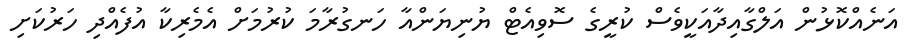
އަނެއްކޮޅުން އަލްގާއިދާއަކީވެސް ކުރީގެ ސޮވިއެޓް ޔުނިޔަންއާ ހަނގުރާމަ ކުރުމަށް އެމެރިކާ އުފެއްދި ހަރުކަށި